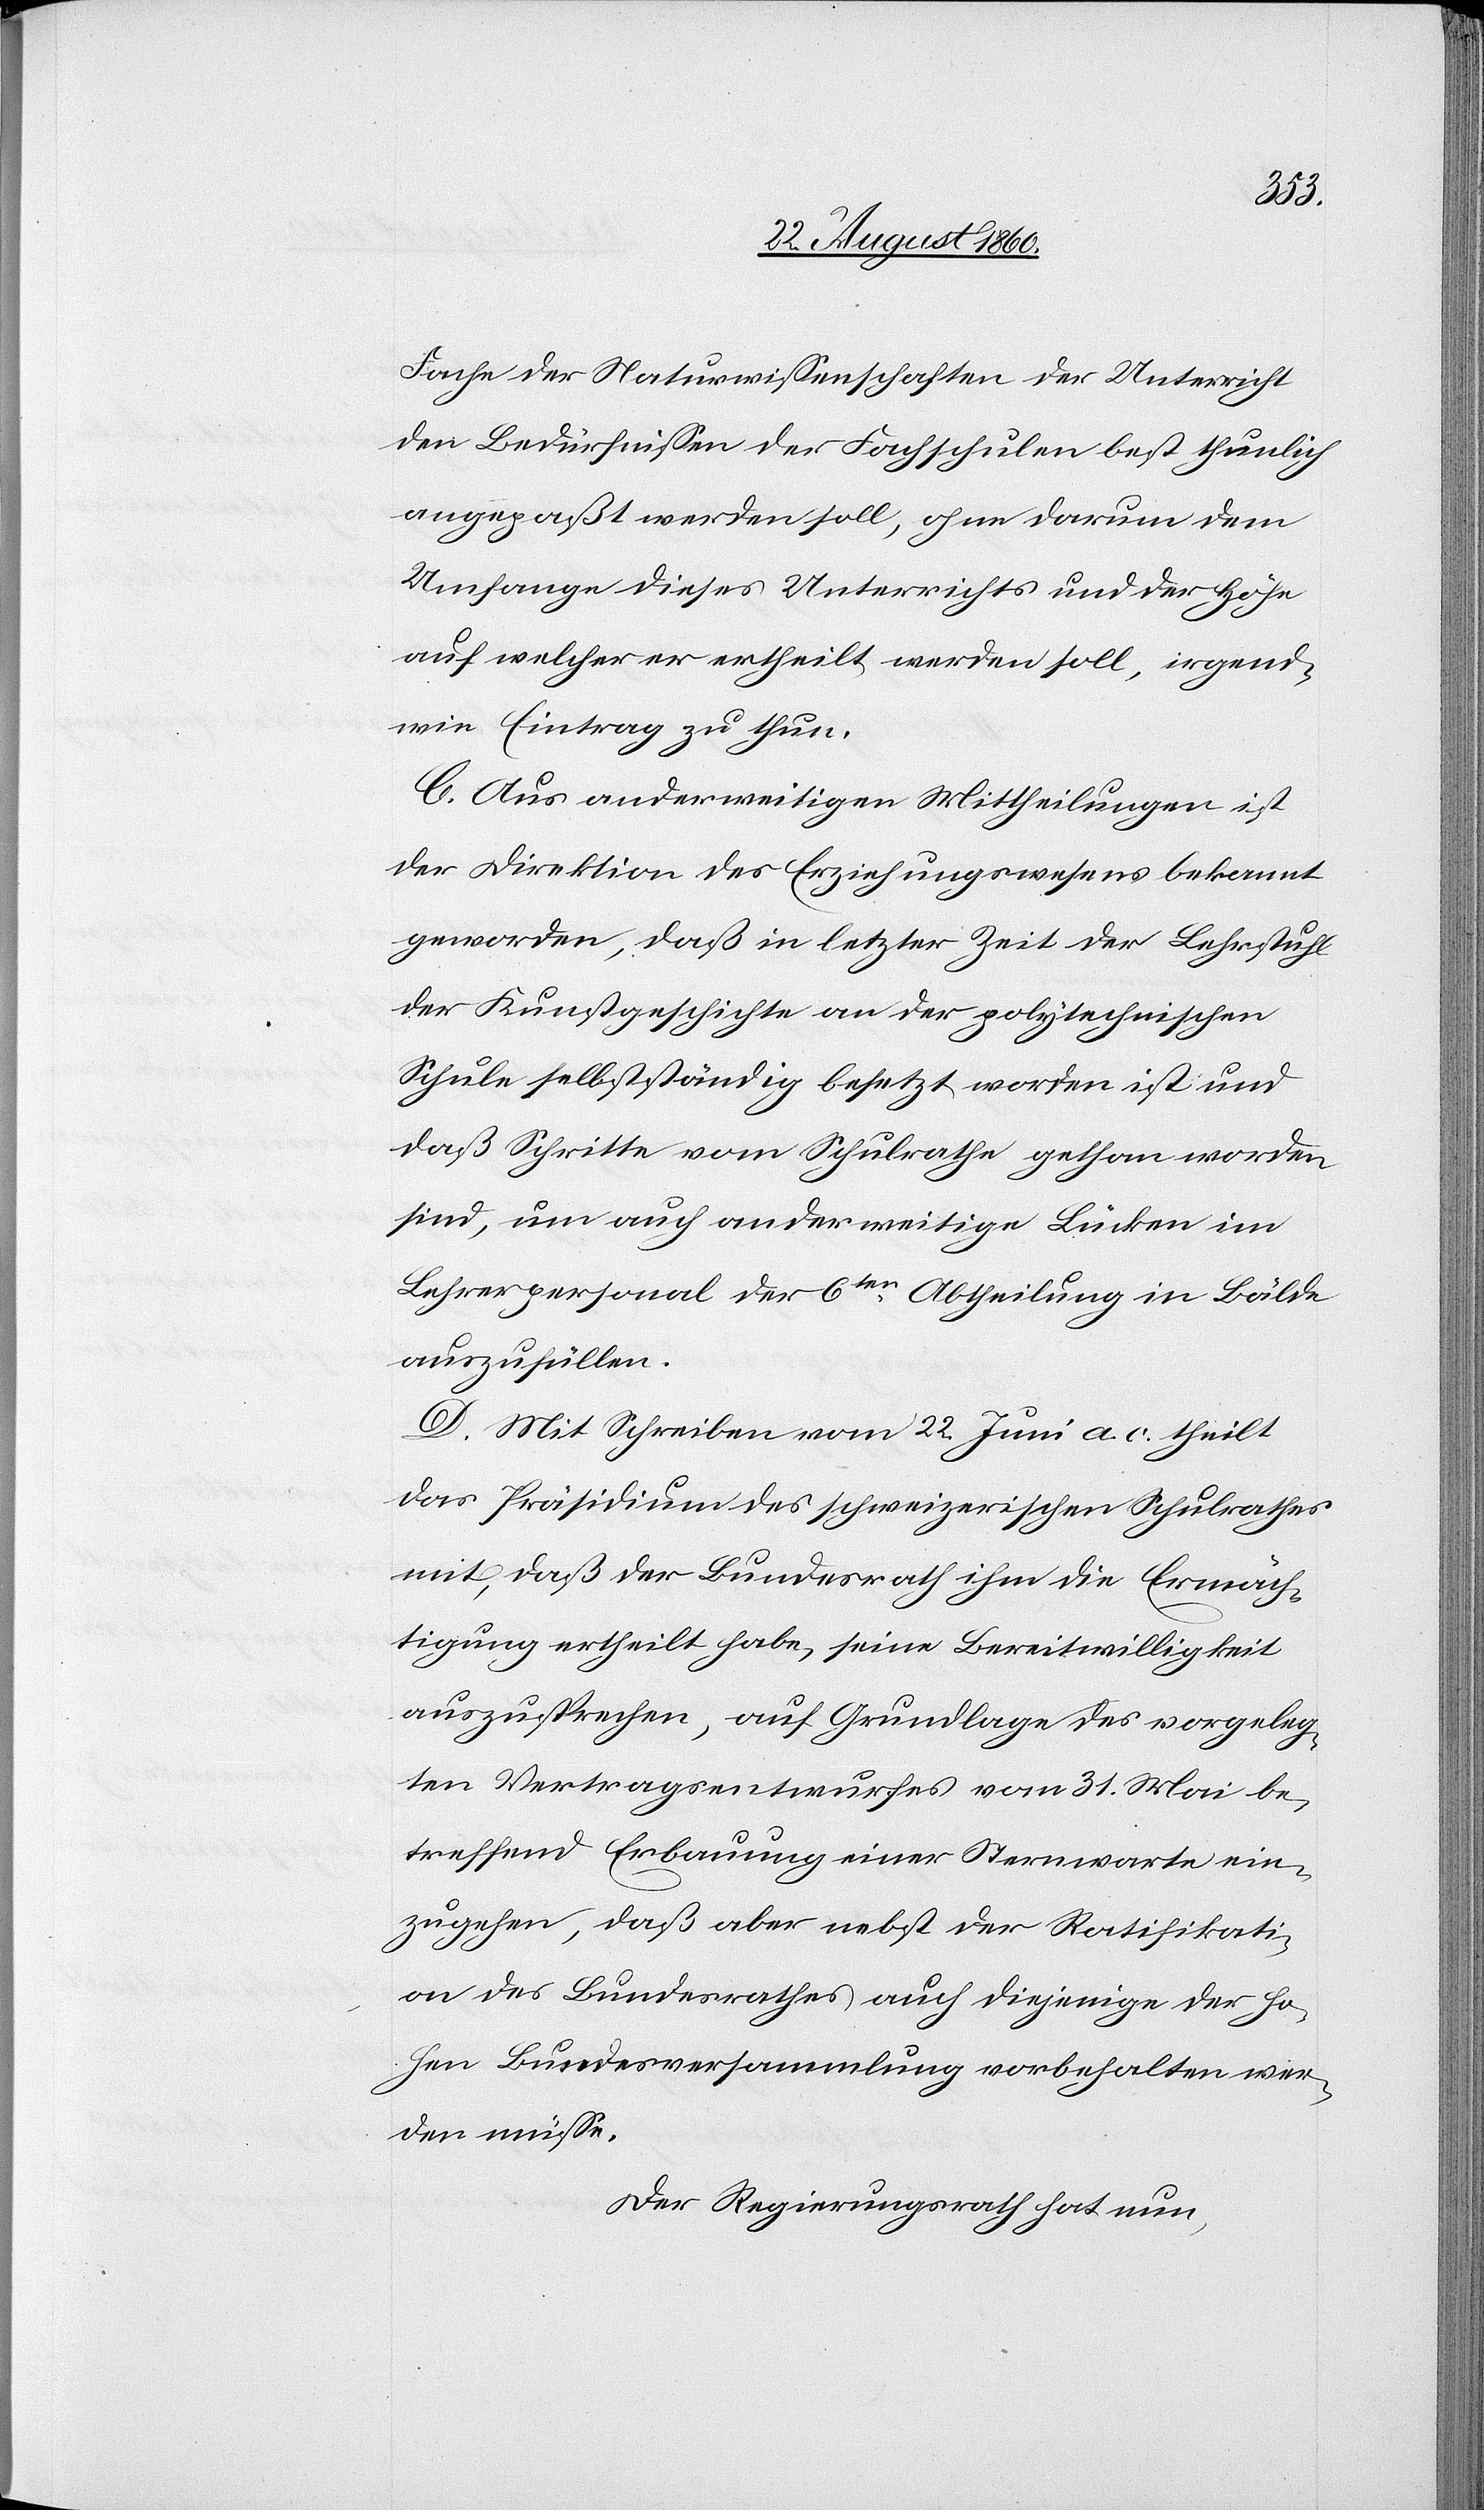
Fache der Naturwissenschaften der Unterricht
den Bedürfnissen der Fachschulen best thunlich
angepasst werden soll, ohne darum dem
Umfange dieses Unterrichts und der Höhe,
auf welcher er ertheilt werden soll, irgend¬
wie Eintrag zu thun.
C. Aus anderweitigen Mittheilungen ist
der Direktion des Erziehungswesens bekannt
geworden, dass in letzter Zeit der Lehrstuhl
der Kunstgeschichte an der polytechnischen
Schule selbstständig besetzt worden ist, und
dass Schritte vom Schulrathe gethan worden
sind, um auch anderweitige Lücken im
Lehrerpersonal der 6ten Abtheilung in Bälde
auszuführen.
D. Mit Schreiben vom 22. Juni a. c. theilt
das Präsidium des schweizerischen Schulrathes
mit, dass der Bundesrath ihm die Ermäch¬
tigung ertheilt habe, seine Bereitwilligkeit
auszusprechen, auf Grundlage des vorgeleg¬
ten Vertragsentwurfes vom 31. Mai be¬
treffend Erbauung einer Sternwarte ein¬
zugehen, dass aber nebst der Ratifikati¬
on des Bundesrathes auch diejenige der ho¬
hen Bundesversammlung vorbehalten wer¬
den müsse.
Der Regierungsrath hat nun